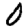
Digit: 0